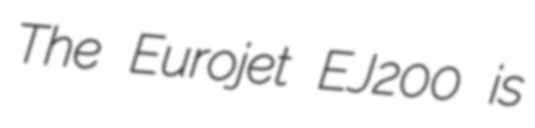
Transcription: The Eurojet EJ200 is